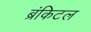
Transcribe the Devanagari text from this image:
ब्रंकिटल